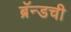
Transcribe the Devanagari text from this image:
ब्रॅन्डची